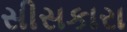
સીસકારા